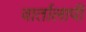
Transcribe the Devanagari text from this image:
वार्तालापी